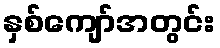
နှစ်ကျော်အတွင်း